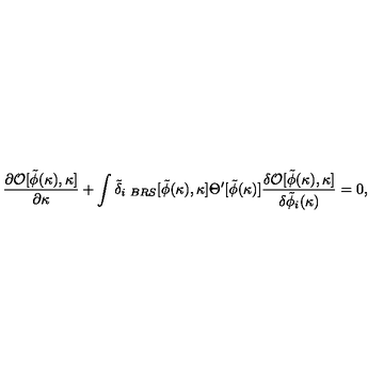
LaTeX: { \frac { \partial { \cal O } [ \tilde { \phi } ( \kappa ) , \kappa ] } { \partial \kappa } } + \int \tilde { \delta } _ { i \ B R S } [ \tilde { \phi } ( \kappa ) , \kappa ] \Theta ^ { \prime } [ \tilde { \phi } ( \kappa ) ] { \frac { \delta { \cal O } [ \tilde { \phi } ( \kappa ) , \kappa ] } { \delta \tilde { \phi } _ { i } ( \kappa ) } } = 0 ,